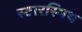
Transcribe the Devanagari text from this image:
स्टारस्मिथ